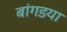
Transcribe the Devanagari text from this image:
बांगडया